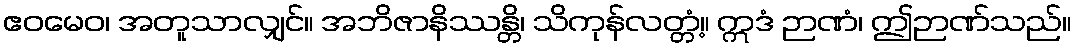
ဧဝမေဝ၊ အတူသာလျှင်။ အဘိဇာနိဿန္တိ၊ သိကုန်လတ္တံ့။ ဣဒံ ဉာဏံ၊ ဤဉာဏ်သည်။